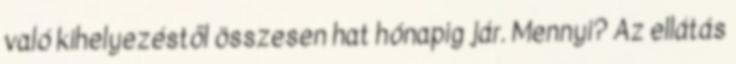
való kihelyezéstől összesen hat hónapig jár. Mennyi? Az ellátás